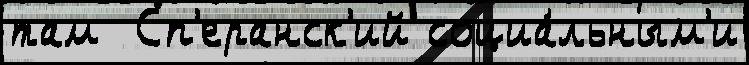
там  Сп'еранск'ий социа́льным'и